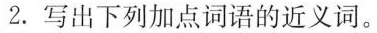
2.写出下列加点词语的近义词。